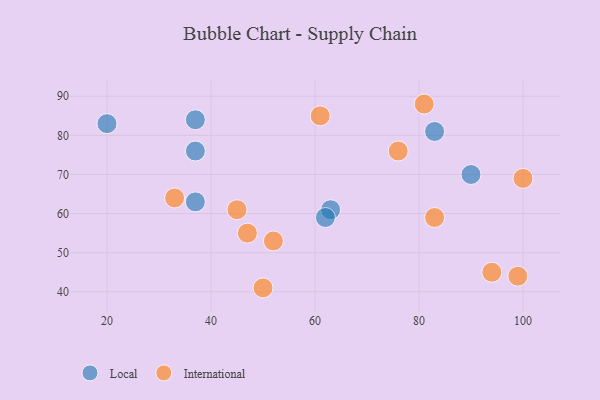
{"axis": {"x": "GDP", "y": "Life Expectancy"}, "legend": ["International", "Local"], "data": [{"x": "37", "y": 63, "type": "Local"}, {"x": "63", "y": 61, "type": "Local"}, {"x": "83", "y": 81, "type": "Local"}, {"x": "37", "y": 84, "type": "Local"}, {"x": "37", "y": 76, "type": "Local"}, {"x": "20", "y": 83, "type": "Local"}, {"x": "90", "y": 70, "type": "Local"}, {"x": "62", "y": 59, "type": "Local"}, {"x": "81", "y": 88, "type": "International"}, {"x": "99", "y": 44, "type": "International"}, {"x": "52", "y": 53, "type": "International"}, {"x": "61", "y": 85, "type": "International"}, {"x": "50", "y": 41, "type": "International"}, {"x": "94", "y": 45, "type": "International"}, {"x": "83", "y": 59, "type": "International"}, {"x": "45", "y": 61, "type": "International"}, {"x": "33", "y": 64, "type": "International"}, {"x": "76", "y": 76, "type": "International"}, {"x": "100", "y": 69, "type": "International"}, {"x": "47", "y": 55, "type": "International"}]}